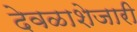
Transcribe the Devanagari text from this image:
देवळाशेजारी